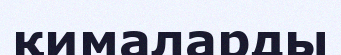
қималарды